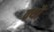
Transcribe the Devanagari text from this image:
क्यौ